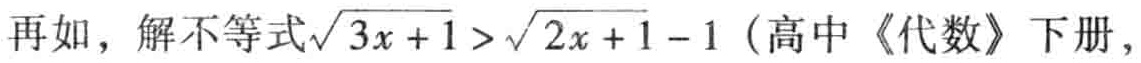
再如，解不等式\(\sqrt{3x + 1} > \sqrt{2x + 1} - 1\)（高中《代数》下册，